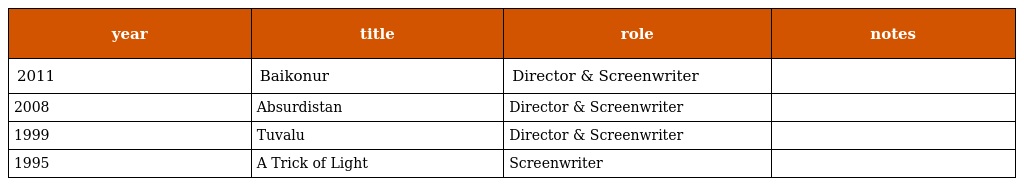
| year | title | role | notes |
 | --- | --- | --- | --- |
 | 2011 | Baikonur | Director & Screenwriter |  |
 | 2008 | Absurdistan | Director & Screenwriter |  |
 | 1999 | Tuvalu | Director & Screenwriter |  |
 | 1995 | A Trick of Light | Screenwriter |  |